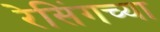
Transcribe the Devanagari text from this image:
रेसिंगच्या